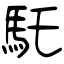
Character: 馲